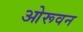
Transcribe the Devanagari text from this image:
ओरूवन